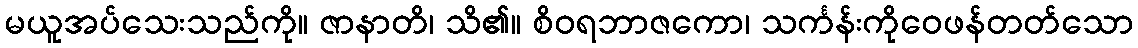
မယူအပ်သေးသည်ကို။ ဇာနာတိ၊ သိ၏။ စိဝရဘာဇကော၊ သင်္ကန်းကိုဝေဖန်တတ်သော